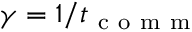
\gamma = 1 / t _ { \mathrm { ~ c ~ o ~ m ~ m ~ } }